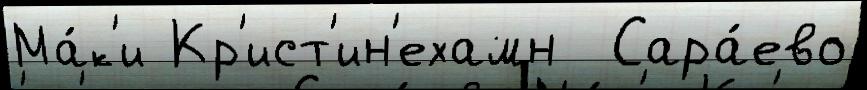
Ма́к'и Кр'ист'ин'ехамн  Сара́ево